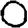
Digit: 0